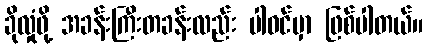
ခိုလှုံဖို့ အခန်းကြီးတခန်းလည်း ပါဝင်မှာ ဖြစ်ပါတယ်။